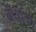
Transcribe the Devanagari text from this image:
बेवॉच